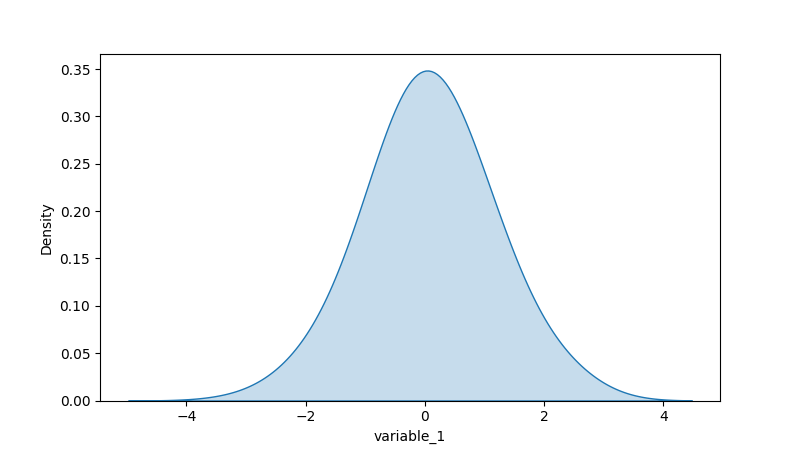
python, seaborn, kdeplot, hue='None', fill=True, bw_adjust=2.0